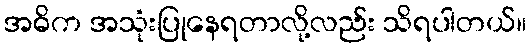
အဓိက အသုံးပြုနေရတာလို့လည်း သိရပါတယ်။